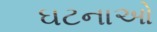
ઘટનાઓ